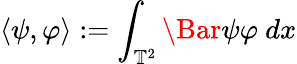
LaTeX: \langle\psi,\varphi\rangle:=\int_{\mathbb{T}^{2}}\Bar{\psi}\varphi\ dx